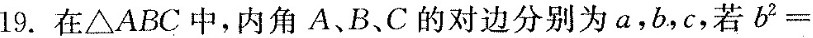
19.在\triangle ABC中，内角A、B、C的对边分别为a，b，c，若$$b^{2}=$$